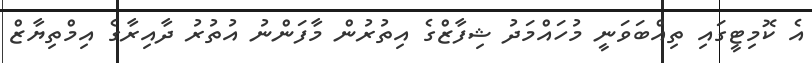
އެ ކޮމިޓީގައި ތިއްބަވަނީ މުހައްމަދު ޝިފާޒްގެ އިތުރުން މާފަންނު އުތުރު ދާއިރާގެ އިމްތިޔާޒް